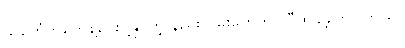
သင်္ကေတတွေနဲ့ပေးပို့နိုင်တဲ့ နည်းလမ်းတွေကို တီထွင်ခဲ့ကြပါတယ်။